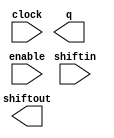
// megafunction wizard: %LPM_SHIFTREG%VBB%
// GENERATION: STANDARD
// VERSION: WM1.0
// MODULE: LPM_SHIFTREG 

// ============================================================
// Megafunction Name(s):
// 			LPM_SHIFTREG
//
// Simulation Library Files(s):
// 			lpm
// ============================================================
// ************************************************************
// THIS IS A WIZARD-GENERATED FILE. DO NOT EDIT THIS FILE!
//
// 18.1.1 Build 646 04/11/2019 SJ Lite Edition
// ************************************************************

//Copyright (C) 2019  Intel Corporation. All rights reserved.
//Your use of Intel Corporation's design tools, logic functions 
//and other software and tools, and any partner logic 
//functions, and any output files from any of the foregoing 
//(including device programming or simulation files), and any 
//associated documentation or information are expressly subject 
//to the terms and conditions of the Intel Program License 
//Subscription Agreement, the Intel Quartus Prime License Agreement,
//the Intel FPGA IP License Agreement, or other applicable license
//agreement, including, without limitation, that your use is for
//the sole purpose of programming logic devices manufactured by
//Intel and sold by Intel or its authorized distributors.  Please
//refer to the applicable agreement for further details, at
//https://fpgasoftware.intel.com/eula.

module SPI (
	clock,
	enable,
	shiftin,
	q,
	shiftout);

	input	  clock;
	input	  enable;
	input	  shiftin;
	output	[71:0]  q;
	output	  shiftout;

endmodule

// ============================================================
// CNX file retrieval info
// ============================================================
// Retrieval info: PRIVATE: ACLR NUMERIC "0"
// Retrieval info: PRIVATE: ALOAD NUMERIC "0"
// Retrieval info: PRIVATE: ASET NUMERIC "0"
// Retrieval info: PRIVATE: ASET_ALL1 NUMERIC "1"
// Retrieval info: PRIVATE: CLK_EN NUMERIC "1"
// Retrieval info: PRIVATE: INTENDED_DEVICE_FAMILY STRING "Cyclone 10 LP"
// Retrieval info: PRIVATE: LeftShift NUMERIC "1"
// Retrieval info: PRIVATE: ParallelDataInput NUMERIC "0"
// Retrieval info: PRIVATE: Q_OUT NUMERIC "1"
// Retrieval info: PRIVATE: SCLR NUMERIC "0"
// Retrieval info: PRIVATE: SLOAD NUMERIC "0"
// Retrieval info: PRIVATE: SSET NUMERIC "0"
// Retrieval info: PRIVATE: SSET_ALL1 NUMERIC "1"
// Retrieval info: PRIVATE: SYNTH_WRAPPER_GEN_POSTFIX STRING "0"
// Retrieval info: PRIVATE: SerialShiftInput NUMERIC "1"
// Retrieval info: PRIVATE: SerialShiftOutput NUMERIC "1"
// Retrieval info: PRIVATE: nBit NUMERIC "72"
// Retrieval info: PRIVATE: new_diagram STRING "1"
// Retrieval info: LIBRARY: lpm lpm.lpm_components.all
// Retrieval info: CONSTANT: LPM_DIRECTION STRING "LEFT"
// Retrieval info: CONSTANT: LPM_TYPE STRING "LPM_SHIFTREG"
// Retrieval info: CONSTANT: LPM_WIDTH NUMERIC "72"
// Retrieval info: USED_PORT: clock 0 0 0 0 INPUT NODEFVAL "clock"
// Retrieval info: USED_PORT: enable 0 0 0 0 INPUT NODEFVAL "enable"
// Retrieval info: USED_PORT: q 0 0 72 0 OUTPUT NODEFVAL "q[71..0]"
// Retrieval info: USED_PORT: shiftin 0 0 0 0 INPUT NODEFVAL "shiftin"
// Retrieval info: USED_PORT: shiftout 0 0 0 0 OUTPUT NODEFVAL "shiftout"
// Retrieval info: CONNECT: @clock 0 0 0 0 clock 0 0 0 0
// Retrieval info: CONNECT: @enable 0 0 0 0 enable 0 0 0 0
// Retrieval info: CONNECT: @shiftin 0 0 0 0 shiftin 0 0 0 0
// Retrieval info: CONNECT: q 0 0 72 0 @q 0 0 72 0
// Retrieval info: CONNECT: shiftout 0 0 0 0 @shiftout 0 0 0 0
// Retrieval info: GEN_FILE: TYPE_NORMAL SPI.v TRUE
// Retrieval info: GEN_FILE: TYPE_NORMAL SPI.inc FALSE
// Retrieval info: GEN_FILE: TYPE_NORMAL SPI.cmp FALSE
// Retrieval info: GEN_FILE: TYPE_NORMAL SPI.bsf FALSE
// Retrieval info: GEN_FILE: TYPE_NORMAL SPI_inst.v FALSE
// Retrieval info: GEN_FILE: TYPE_NORMAL SPI_bb.v TRUE
// Retrieval info: LIB_FILE: lpm